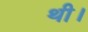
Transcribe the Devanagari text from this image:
थी।